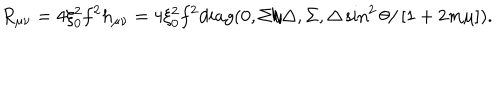
R _ { \mu \nu } = 4 \xi _ { 0 } ^ { 2 } f ^ { 2 } h _ { \mu \nu } = 4 \xi _ { 0 } ^ { 2 } f ^ { 2 } d i a g ( 0 , \Sigma / \Delta , \Sigma , \Delta \sin ^ { 2 } \theta / \left[ 1 + 2 m \mu \right] ) .